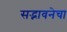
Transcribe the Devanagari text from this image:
सद्भावनेचा